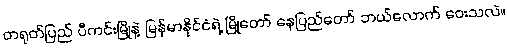
တရုတ်ပြည် ပီကင်းမြို့နဲ့ မြန်မာနိုင်ငံရဲ့ မြို့တော် နေပြည်တော် ဘယ်လောက် ဝေးသလဲ။